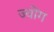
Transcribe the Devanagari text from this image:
ज्योंग